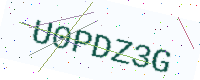
Text: U0PDZ3G